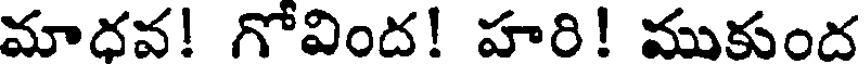
మాదవ! గోవింద! హరి! ముకుంద